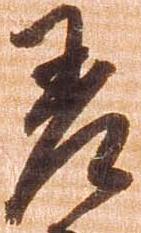
差